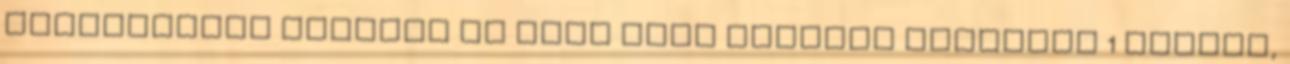
próbanyomás értékre és fenn kell tartani legalább 1 percig,